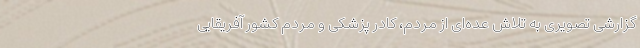
گزارشی تصویری به تلاش عده‌ای از مردم، کادر پزشکی و مردم کشور آفریقایی